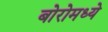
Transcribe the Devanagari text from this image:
बोरोमध्ये